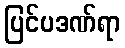
ပြင်ပဒဏ်ရာ